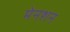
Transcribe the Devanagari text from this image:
मेनशन